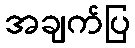
အချက်ပြ